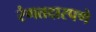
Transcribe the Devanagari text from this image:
रंगतदारपणे